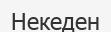
Некеден